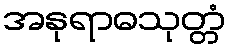
အနုရာဓသုတ္တံ